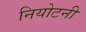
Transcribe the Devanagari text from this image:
नियोटनी